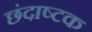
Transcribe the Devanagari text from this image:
छंदाष्टक